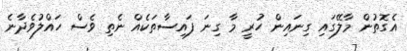
އެގޮތުން މާލޭގައި ގިނައިން ހުރީ މާ ގިނަ ފައިސާތަކެއް ނެތި ވެސް ހައްލުވެދާނެ